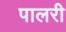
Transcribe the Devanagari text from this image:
पालरी